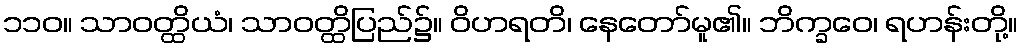
၁၁၀။ သာဝတ္ထိယံ၊ သာဝတ္ထိပြည်၌။ ဝိဟရတိ၊ နေတော်မူ၏။ ဘိက္ခဝေ၊ ရဟန်းတို့။